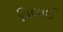
વિલાઈ